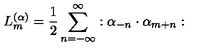
L _ { m } ^ { ( \alpha ) } = \frac { 1 } { 2 } \sum _ { n = - \infty } ^ { \infty } : \alpha _ { - n } \cdot \alpha _ { m + n } :